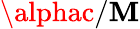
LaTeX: \alphac/\mathbf{M}